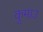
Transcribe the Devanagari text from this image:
कुमाउ